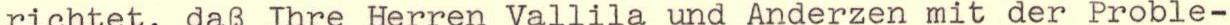
richtet, daß Ihre Herren Vallila und Anderzen mit der Proble-